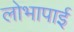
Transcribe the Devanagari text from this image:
लोभापाई